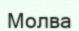
Молва